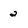
Character: 2